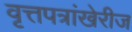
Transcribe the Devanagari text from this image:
वृत्तपत्रांखेरीज